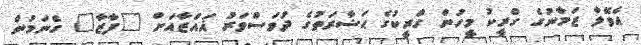
އެވޭލާ ޒަމާނުގެ ގްރީކު މީހުން ގްރީކުގެ ޙަޟާރަތުގެ ދުވަސްވަރު ޣައްޒާއަށް "ފާޒާ" ގެނަމުން